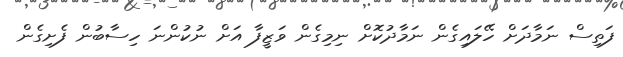
ފަތިސް ނަމާދަށް ހޭލައިގެން ނަމާދުކޮށް ނިމިގެން ވަޒީފާ އަށް ނުކުންނަ ހިސާބުން ފެށިގެން